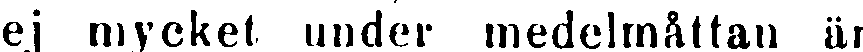
ej mycket under medelmåttan är